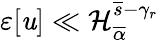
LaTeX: \varepsilon[\mathit{u}]\ll\mathcal{{H}}_{\overline{{{\alpha}}}}^{\overline{{{s}}}-\gamma_{r}}